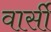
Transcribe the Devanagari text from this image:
वार्सी